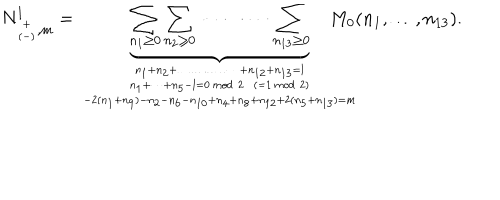
N _ { { \scriptscriptstyle + \atop ( - ) } , m } ^ { l } = \underbrace { \sum _ { n _ { 1 } \ge 0 } \sum _ { n _ { 2 } \ge 0 } \cdots \cdots \cdots \sum _ { n _ { 1 3 } \ge 0 } } _ { n _ { 1 } + n _ { 2 } + \dots \dots \dots \dots \dots + n _ { 1 2 } + n _ { 1 3 } = l \atop { n _ { 1 } + \dots + n _ { 5 } - l = 0 \, m o d \; 2 \; \; ( = 1 \, m o d \; 2 ) \atop - 2 ( n _ { 1 } + n _ { 9 } ) - n _ { 2 } - n _ { 6 } - n _ { 1 0 } + n _ { 4 } + n _ { 8 } + n _ { 1 2 } + 2 ( n _ { 5 } + n _ { 1 3 } ) = m } } \! \! \! \! \! \! \! \! \! \! M _ { 0 } ( n _ { 1 } , \dots , n _ { 1 3 } ) .